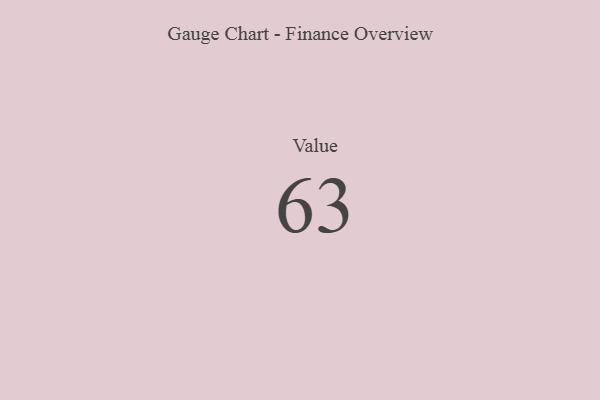
{"axis": {"x": "Metric", "y": "Value"}, "legend": [""], "data": [{"x": "Value", "y": 63, "type": ""}]}